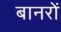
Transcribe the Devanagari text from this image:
बानरों